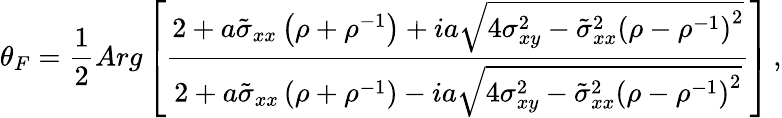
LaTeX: \theta_{F}=\frac{1}{2}Arg\left[\frac{2+a\tilde{\sigma}_{xx}\left(\rho+\rho^{-1}\right)+ia\sqrt{4\sigma_{xy}^{2}-\tilde{\sigma}_{xx}^{2}\left(\rho-\rho^{-1}\right)^{2}}}{2+a\tilde{\sigma}_{xx}\left(\rho+\rho^{-1}\right)-ia\sqrt{4\sigma_{xy}^{2}-\tilde{\sigma}_{xx}^{2}\left(\rho-\rho^{-1}\right)^{2}}}\right]\, ,